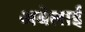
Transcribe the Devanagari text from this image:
अबेलाई